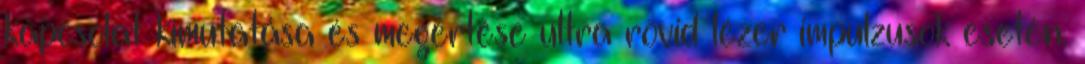
kapcsolat kimutatása és megértése ultra rövid lézer impulzusok esetén.